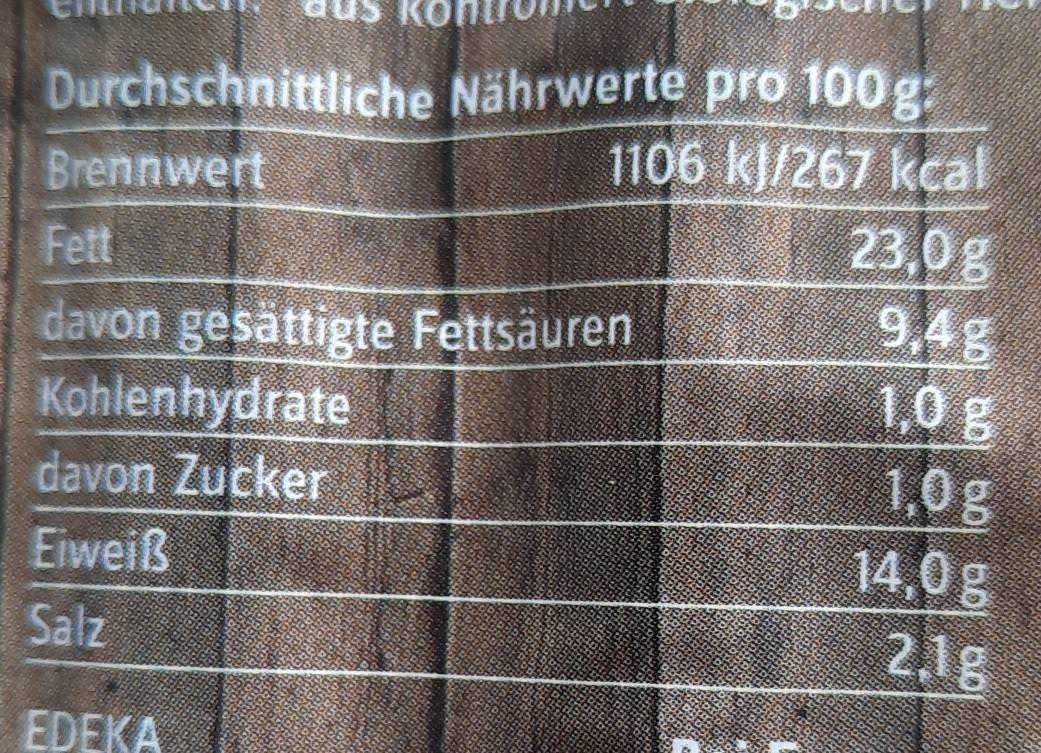
Durchschnittliche Nährwerte pro 100g:
1106 kJ/267 kcal
23,0g
9,4g
1,0 g
Brennwert
Fett
davon gesättigte Fettsäuren
Kohlenhydrate
davon Zucker
Eiweiß
Salz
EDEKA
1,0 g
14,0 g
2,1g